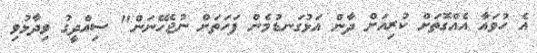
އެ ހުވައާ އެއްގޮތަށް ކުރިއަށް ދާން އަޅުގަނޑުމެން ފަހަތަށް ނުޖެހޭނަން" ސިއްދީގު ވިދާޅުވި